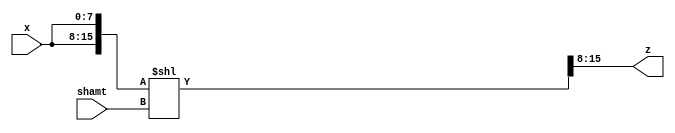
// This program was cloned from: https://github.com/RomeoMe5/DDLM
// License: MIT License

module left_rotator
#( 
    parameter WIDTH = 8,
    parameter SHIFT = 3 //SHIFT specifies the number of bits for shamt argument
)
(
    input  [WIDTH - 1:0] x,
    input  [SHIFT - 1:0] shamt,
    output [WIDTH - 1:0] z
);

    wire [2 * WIDTH - 1:0] temp;
    assign temp = {x, x} << shamt;
    assign z = temp[2 * WIDTH - 1: WIDTH];
endmodule